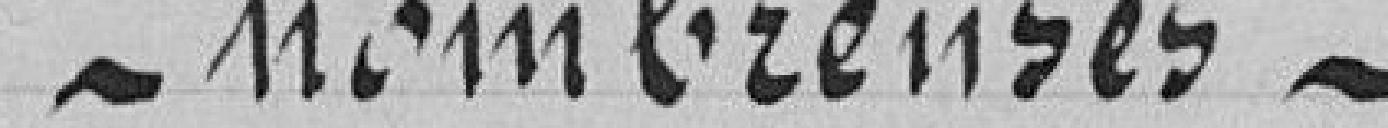
nombreuses